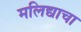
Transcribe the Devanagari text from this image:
मलिद्याचा